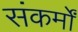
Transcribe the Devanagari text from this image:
संकर्मों